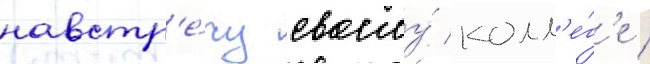
навстр'е́чу своему́ колл'е́г'е /